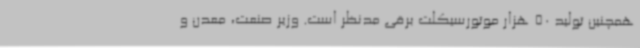
همچنین تولید 50 هزار موتورسیکلت برقی مدنظر است. وزیر صنعت، معدن و